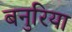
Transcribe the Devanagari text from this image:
बनुरिया